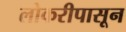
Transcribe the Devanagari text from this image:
लोकरीपासून